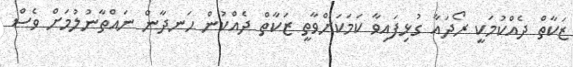
ޒަކާތް ދެއްކުމަކީ ރޯދައާ ގުޅިފައިވާ ކަމަކަށްވާތީ ޒަކާތް ދެއްކުން ހަނދާން ނައްތާނުލުމަށް ވެސް